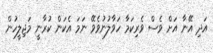
އަދި އޭނާ އަށް ވެސް ވެރިކަމާ ހަވާލުނުވެވޭ ނަމަ އެކަން ކުރާނީ މަޖިލީހުން